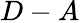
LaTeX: D-A